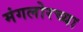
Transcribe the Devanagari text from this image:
मंगलोरच्या